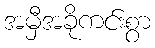
အမှီအခိုကင်းစွာ